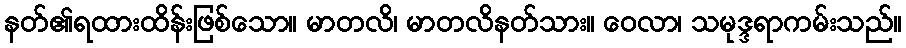
နတ်၏ရထားထိန်းဖြစ်သော။ မာတလိ၊ မာတလိနတ်သား။ ဝေလာ၊ သမုဒ္ဒရာကမ်းသည်။